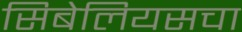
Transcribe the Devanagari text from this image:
सिबेलियसचा